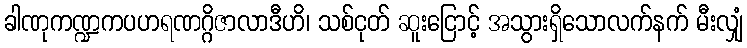
ခါဏုကဏ္ဍကပဟရဏဂ္ဂိဇာလာဒီဟိ၊ သစ်ငုတ် ဆူးငြောင့် အသွားရှိသောလက်နက် မီးလျှံ